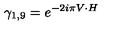
\gamma _ { 1 , 9 } = e ^ { - 2 i \pi V \cdot H }